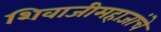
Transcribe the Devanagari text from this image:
शिवाजीमहाजांचे